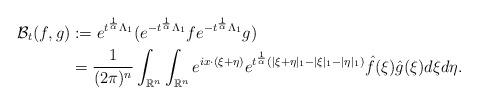
LaTeX: \begin{align*} \mathcal{B}_{t}(f,g)&:=e^{t^{\frac{1}{\alpha}}\Lambda_{1}}(e^{-t^{\frac{1}{\alpha}}\Lambda_{1}}fe^{-t^{\frac{1}{\alpha}}\Lambda_{1}}g)\\ &=\frac{1}{(2\pi)^{n}}\int_{\mathbb{R}^{n}}\int_{\mathbb{R}^{n}} e^{ix\cdot(\xi+\eta)}e^{t^{\frac{1}{\alpha}}(|\xi+\eta|_{1}-|\xi|_{1}-|\eta|_{1})}\hat{f}(\xi)\hat{g}(\xi)d\xi d\eta.\end{align*}